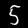
Label: 5